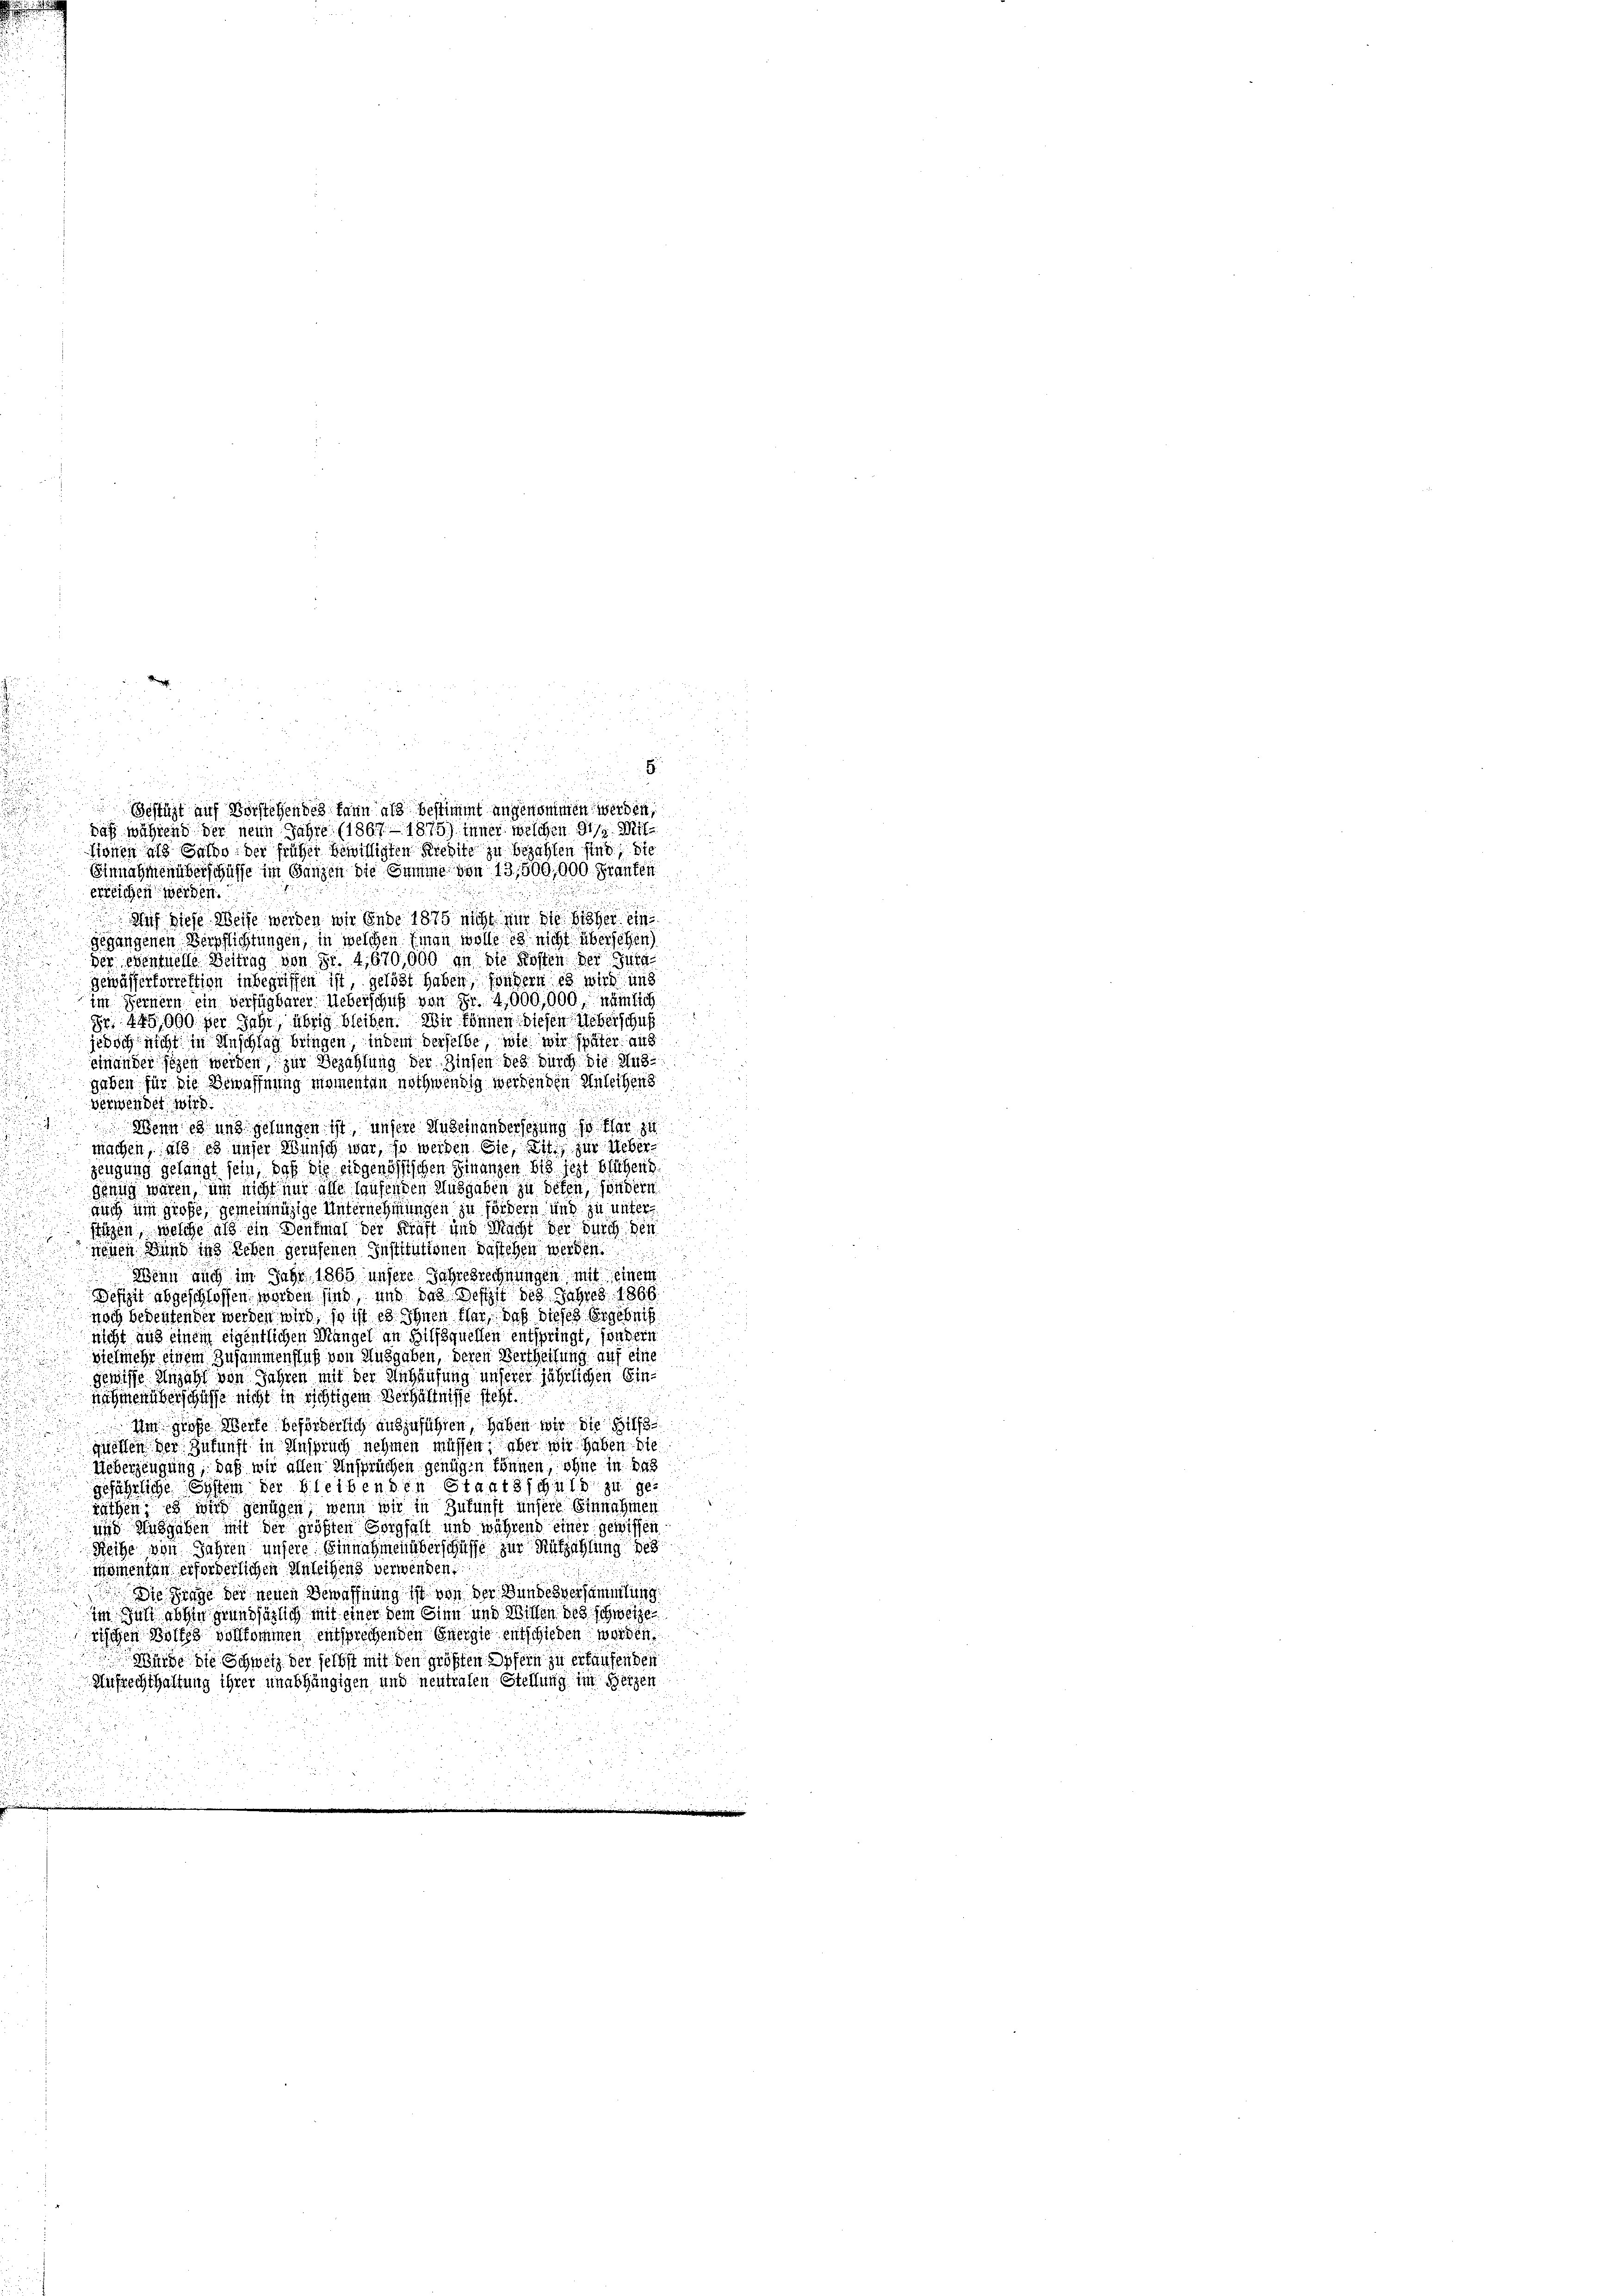
8.
a
offügt auf Vorstehendes kann als bestimmt angenommen werden,
 daß während der neun Jahre (1867. 1875) inner welchen Ges. Mitsionen als Saldo der früher bewilligten Kredite zu bezahlen sind, die

Einnahmen überschüsse im Ganzen die Summe von 13,500,000. Franken
errlichen werden.
Auf diese Weise werden wir Ende 1875 nicht mir die bisher ei
gegangenen Verpflichtungen, in welchen Einen wolle es nicht übersehen
der Eventuelle Beitrag von Fr. 4,670,000 an die Kosten der Guta
gewässertorrektion inbegriffen ist, gelöst haben, sondern es mich und
im Fernern ein verfügbarer Ueberschuß von Fr. 4,000,000, nämlich
Fr. 449,000 der Jahr, übrig bleiben. Wir können diesen Ueberschuß
jedoch nicht in Anschlag bringen, indem derselbe wie wir später aus
einander sehen werden zur Bezahlung der Zinsen des durch die Ausgeben für die Bewaffnung momenten nothwendig werdenden Anleihens
verwendet wird.
Wenn es und gesungen ist, unsere Auseinandersezung so klar zu
machen, als es unser Wunsch war, so werden Sie, mit, zur Ueberjengung gelangt sein, daß die eingenössischen Finanzen bis jezt blühend
glung wären, und nicht nur alle Hausenden Ausgaben zu beten, sondern
auch im große, gemeinnüzige Unternehmungen zu fördern und zu unterstüzen welche als ein Denkmal der Schaft in Macht der durch den
nenen Wind ins Leben gerufenen Institutionen Bastchen werden
25
Wenn auch im Jahr 1865 unsere Jahresrechnungen mit einem
Defizit abgeschlossen worden sind, und das Bestift des Jahres 1866.
noch bedeutender werden wird, so ist es Ihnen ther, daß dieses Ergebnis
nicht und einem eigentlichen Mangel in Hilfsquellen entspringt, sondern
vielmehr einem Zusammenfluß von Ausgaben, deren Vertheilung auf eine
Gewisse Anzahl von Jahren mit der Anhausung unserer jährlichen Einnehmen überschaffe nicht in richtigem Verhältnisse steht.
Um große Werte beförderlich auszuführen, haben wir die Hilf
quellen der Zukunft in Anspruch nehmen müssen; über wir haben die
Ueberzeugung, daß wir allen Ansprüchen gendigen können, ohne in das
gefährliche System der bleibenden Staatsschuld zu geräthen, es wird genügen, wenn wir in Zukunft unsere Einnahmen
und Ausgaben mit der größten Sorgfalt und während einer gewissen
Reihe von Jahren unsere Einnahmen überschaffe zur Rufzahlung des
momenten erforderlichen Anleihens verwenden.
 Die Frage der neuen Bewaffnung ist von der Bundesversammlung
im den abhin genessätzlich mit einer dem Sinn und Willen des schweize
rischen Wortes vollkommen entsprechenden Energie entschieden werden.
Würde die Schweiz der selbst mit den größten Opfern zu erkaufenden
Aufrechthaltung ihrer unabhängigen und neutralen Stellung im Herzen

d